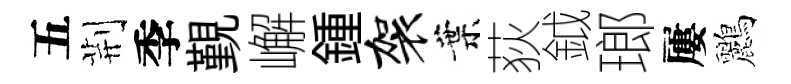
五荆季覲嶰鍾袈葉荻鉞瑯屢鸝